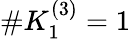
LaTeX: \# K_{1}^{(3)}=1